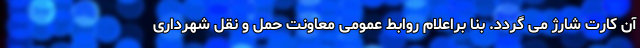
آن کارت شارژ می گردد. بنا براعلام روابط عمومی معاونت حمل و نقل شهرداری